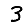
Digit: 3